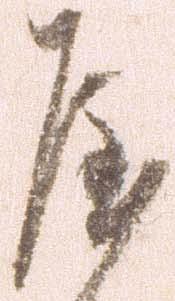
屋